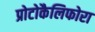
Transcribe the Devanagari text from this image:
प्रोटोकैलिफोरा